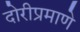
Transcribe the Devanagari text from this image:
दोरीप्रमाणे